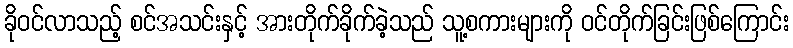
ခိုဝင်လာသည့် စင်အသင်းနှင့် အားတိုက်ခိုက်ခဲ့သည် သူ့စကားများကို ဝင်တိုက်ခြင်းဖြစ်ကြောင်း